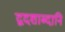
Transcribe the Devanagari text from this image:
द्वदशाब्दानि